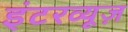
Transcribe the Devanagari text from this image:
इंटरव्यूज़